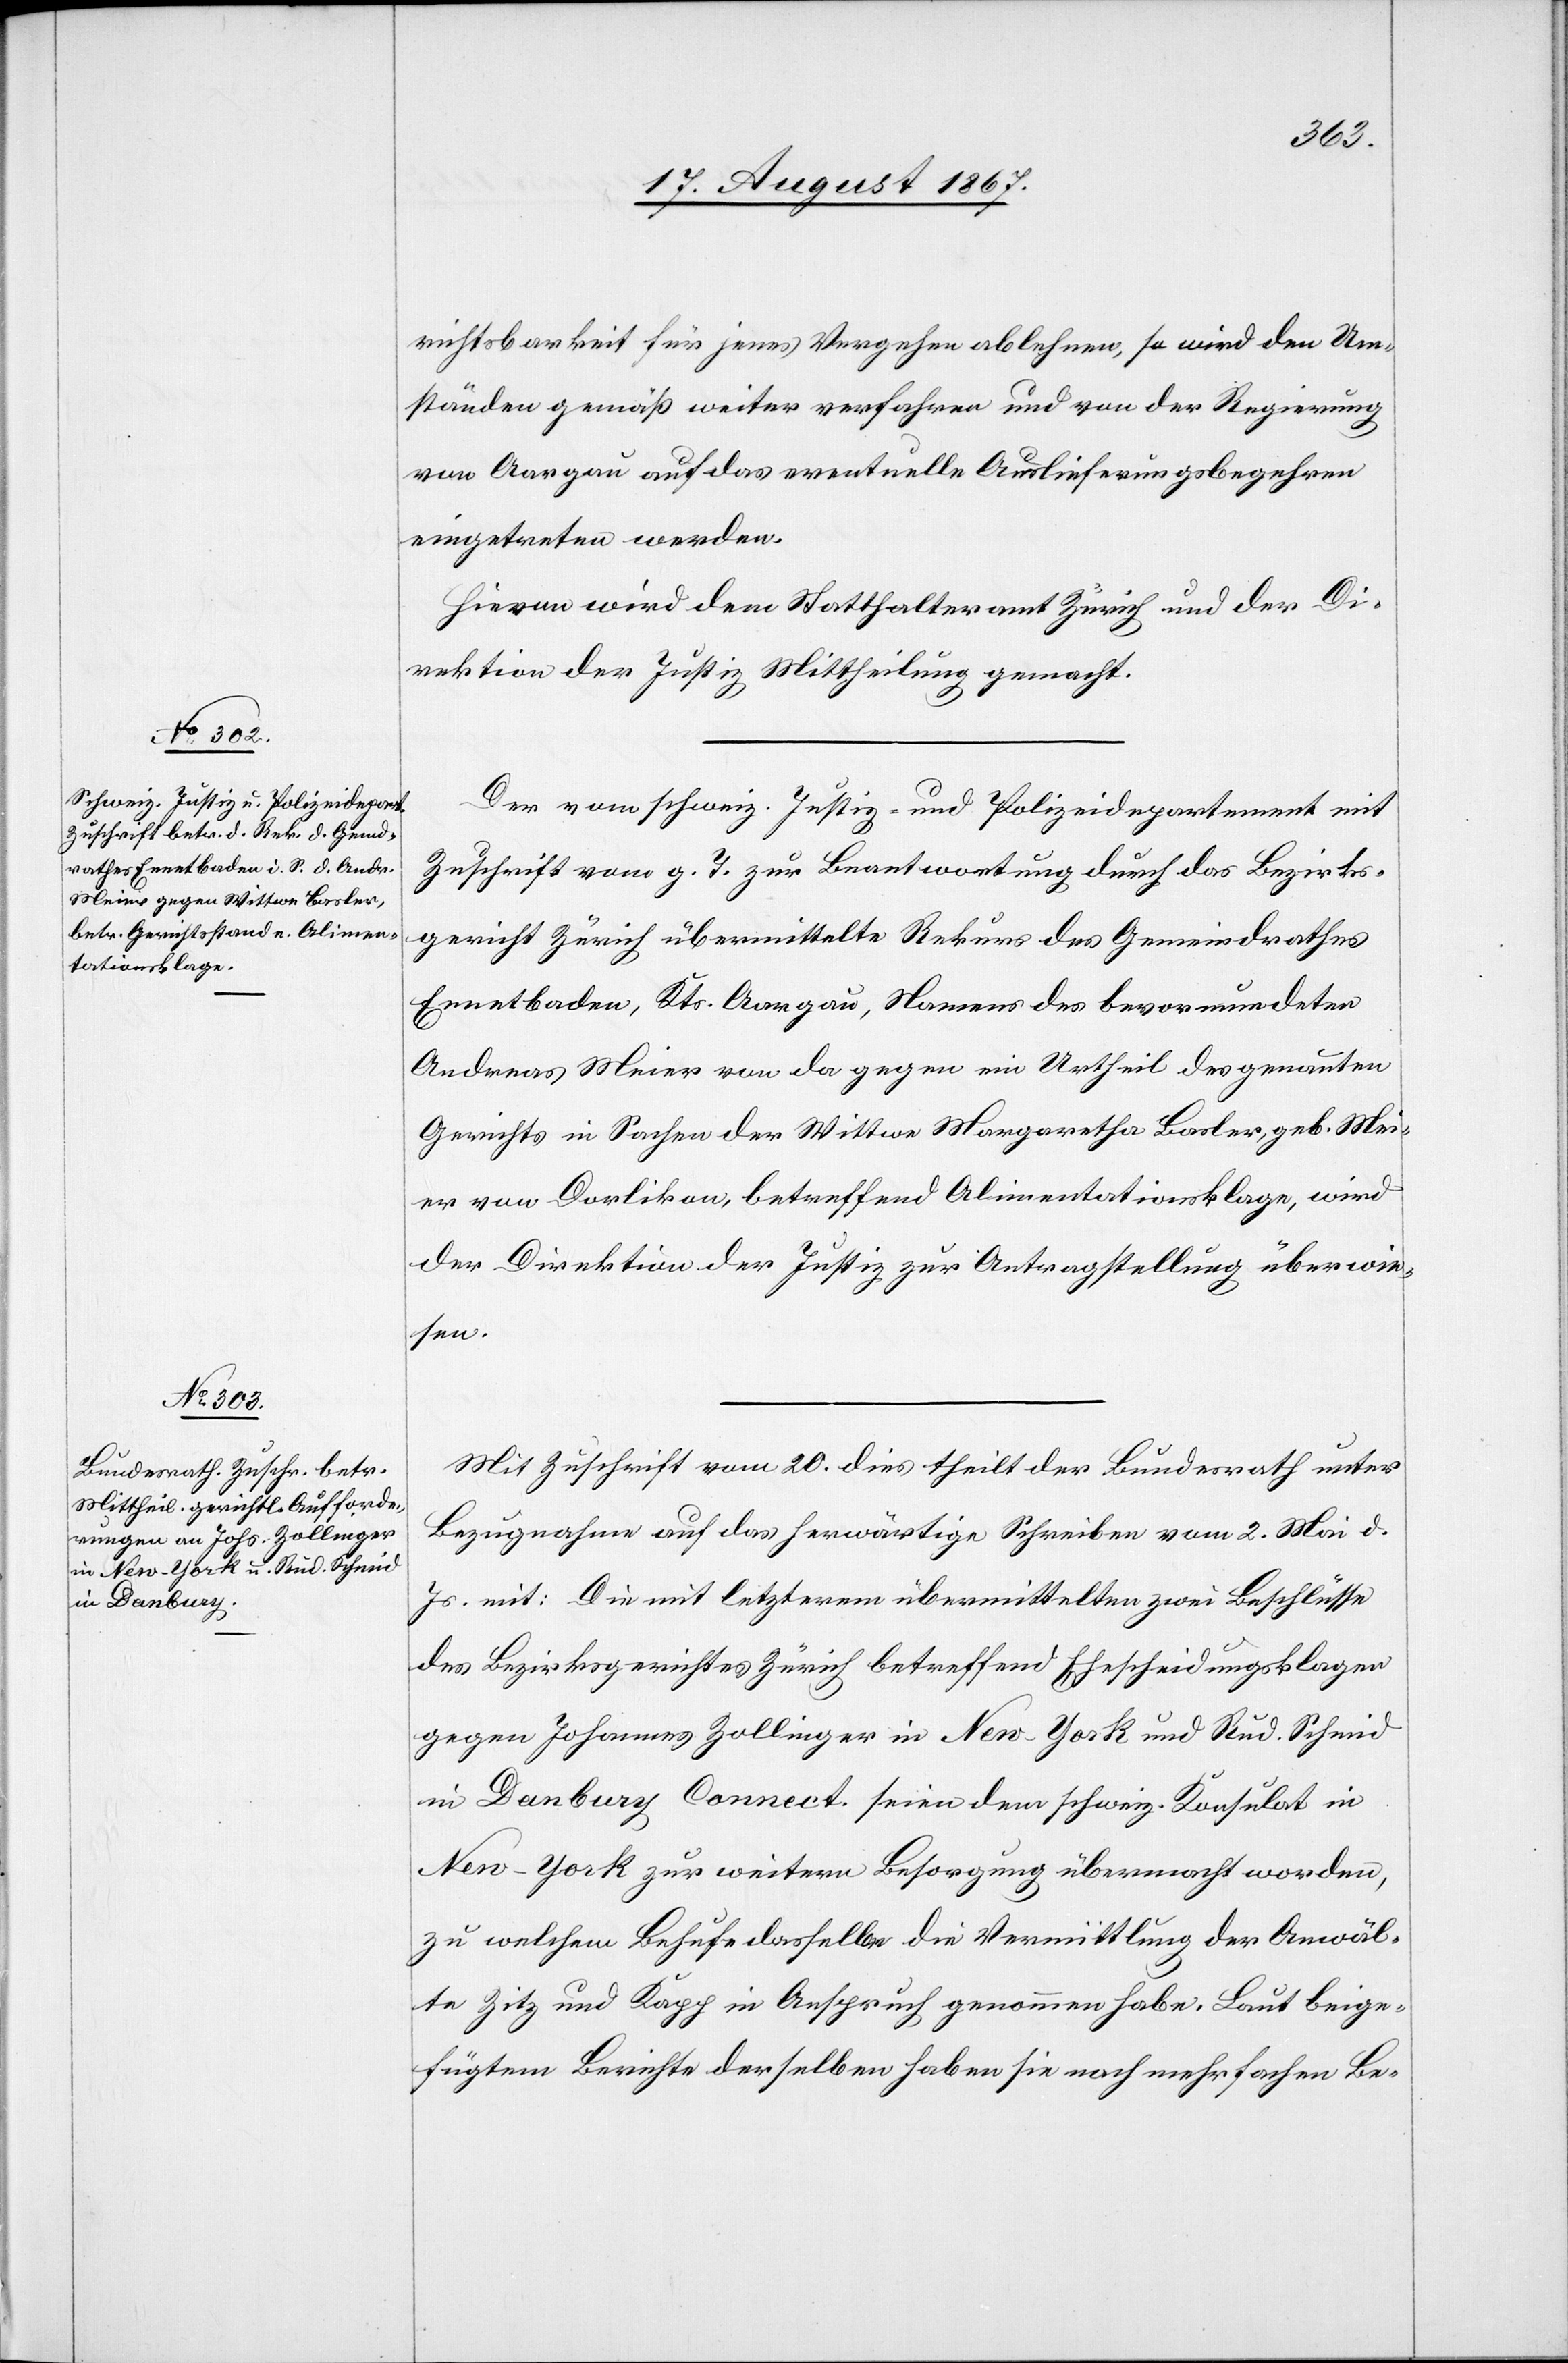
22. August 1867.]
richtsbarkeit für jenes Vergehen ablehnen, so wird den Um¬
ständen gemäß weiter verfahren und von der Regierung
von Aargau auf das eventuelle Auslieferungsbegehren
eingetreten werden.
Hievon wird dem Statthalteramt Zürich und der Di¬
rektion der Justiz Mittheilung gemacht.
Der vom schweiz. Justiz- u. Polizeidepartement mit
Zuschrift vom g. T. zur Beantwortung durch das Bezirks¬
gericht Zürich übermittelte Rekurs des Gemeindrathes
Ennetbaden, Kts. Aargau, Namens des bevormundeten
Andreas Meier von da gegen ein Urtheil des genannten
Gerichts in Sachen der Wittwe Margaretha Basler, geb. Mei¬
er von Dorlikon, betreffend Alimentationsklage, wird
der Direktion der Justiz zur Antragstellung überwie¬
sen.
Mit Zuschrift vom 20. dies theilt der Bundesrath unter
Bezugnahme auf das herwärtige Schreiben vom 2. Mai d.
Js. mit: Die mit letzterem übermittelten zwei Beschlüsse
des Bezirksgerichtes Zürich betreffend Ehescheidungsklagen
gegen Johannes Zollinger in New-York und Rud. Schmid
in Danbury Connect. seien dem schweiz. Konsulat in
New-York zur weitern Besorgung übermacht worden,
zu welchem Behufe dasselbe die Vermittlung der Anwäl¬
te Zitz und Kapp in Anspruch genommen habe. Laut beige¬
fügtem Berichte derselben haben sie nach mehrfachen Be-